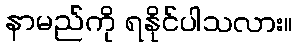
နာမည်ကို ရနိုင်ပါသလား။